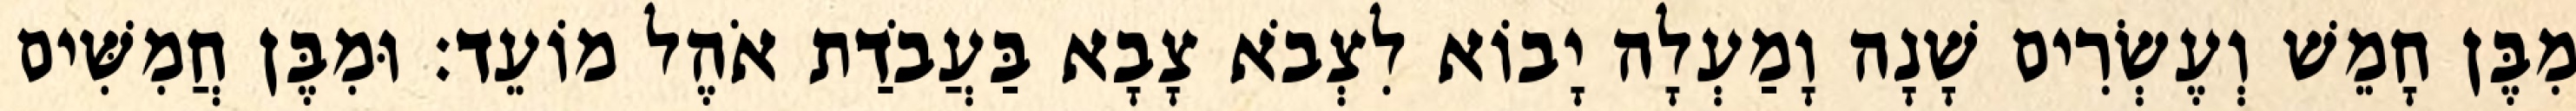
מִבֶּן חָמֵשׁ וְעֶשְׂרִים שָׁנָה וָמַעְלָה יָבוֹא לִצְבֹא צָבָא בַּעֲבֹדַת אֹהֶל מוֹעֵד׃ וּמִבֶּן חֲמִשִּׁים